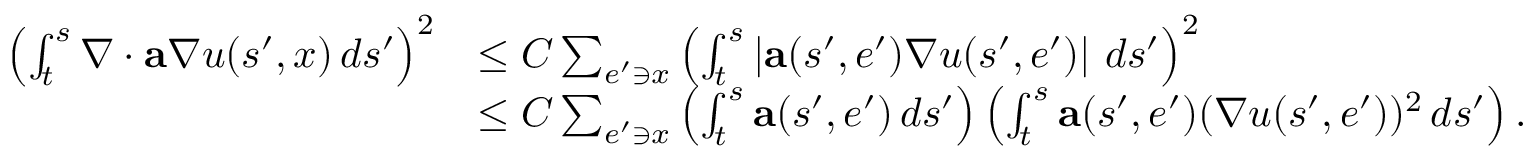
\begin{array} { r l } { \left( \int _ { t } ^ { s } \nabla \cdot \mathbf { a } \nabla u ( s ^ { \prime } , x ) \, d s ^ { \prime } \right) ^ { 2 } } & { \leq C \sum _ { e ^ { \prime } \ni x } \left( \int _ { t } ^ { s } \left| \mathbf { a } ( s ^ { \prime } , e ^ { \prime } ) \nabla u ( s ^ { \prime } , e ^ { \prime } ) \right| \, d s ^ { \prime } \right) ^ { 2 } } \\ & { \leq C \sum _ { e ^ { \prime } \ni x } \left( \int _ { t } ^ { s } \mathbf { a } ( s ^ { \prime } , e ^ { \prime } ) \, d s ^ { \prime } \right) \left( \int _ { t } ^ { s } \mathbf { a } ( s ^ { \prime } , e ^ { \prime } ) ( \nabla u ( s ^ { \prime } , e ^ { \prime } ) ) ^ { 2 } \, d s ^ { \prime } \right) . } \end{array}